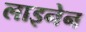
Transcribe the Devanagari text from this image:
लाइनेन